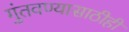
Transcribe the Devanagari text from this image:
गुंतवण्‍यासाठीही